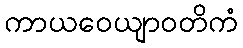
ကာယဝေယျာဝတိကံ